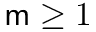
\mathsf { m } \geq 1